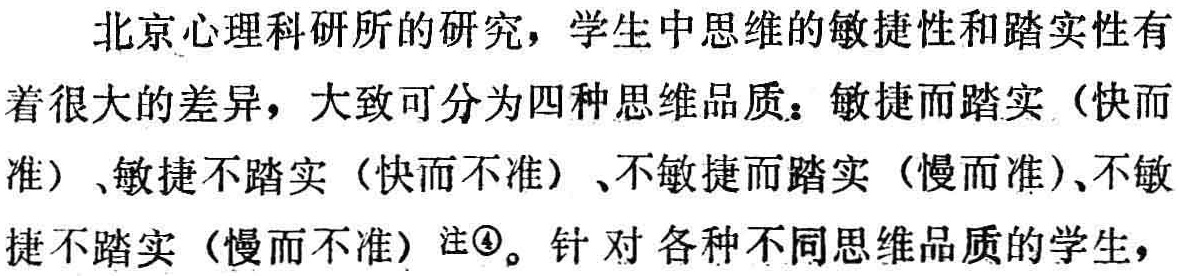
北京心理科研所的研究，学生中思维的敏捷性和踏实性有着很大的差异，大致可分为四种思维品质：敏捷而踏实（快而准）、敏捷不踏实（快而不准）、不敏捷而踏实（慢而准）、不敏捷不踏实（慢而不准）注\textcircled{4}。针对各种不同思维品质的学生，